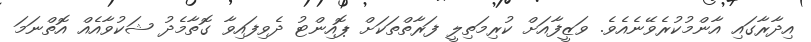
އިދާރާގައި އާންމުކުރެވޭނެއެވެ. ވަޒީފާއަށް ކުރިމަތިލީ ފަރާތްތަކަށް ޕޮއިންޓު ދެވިފައިވާ ގޮތާމެދު ޝަކުވާއެއް އޮތްނަމަ